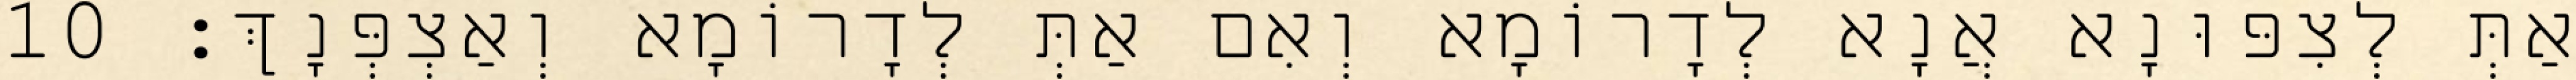
אַתְּ לְצִפּוּנָא אֲנָא לְדָרוֹמָא וְאִם אַתְּ לְדָרוֹמָא וְאַצְפְּנָךְ׃ 10